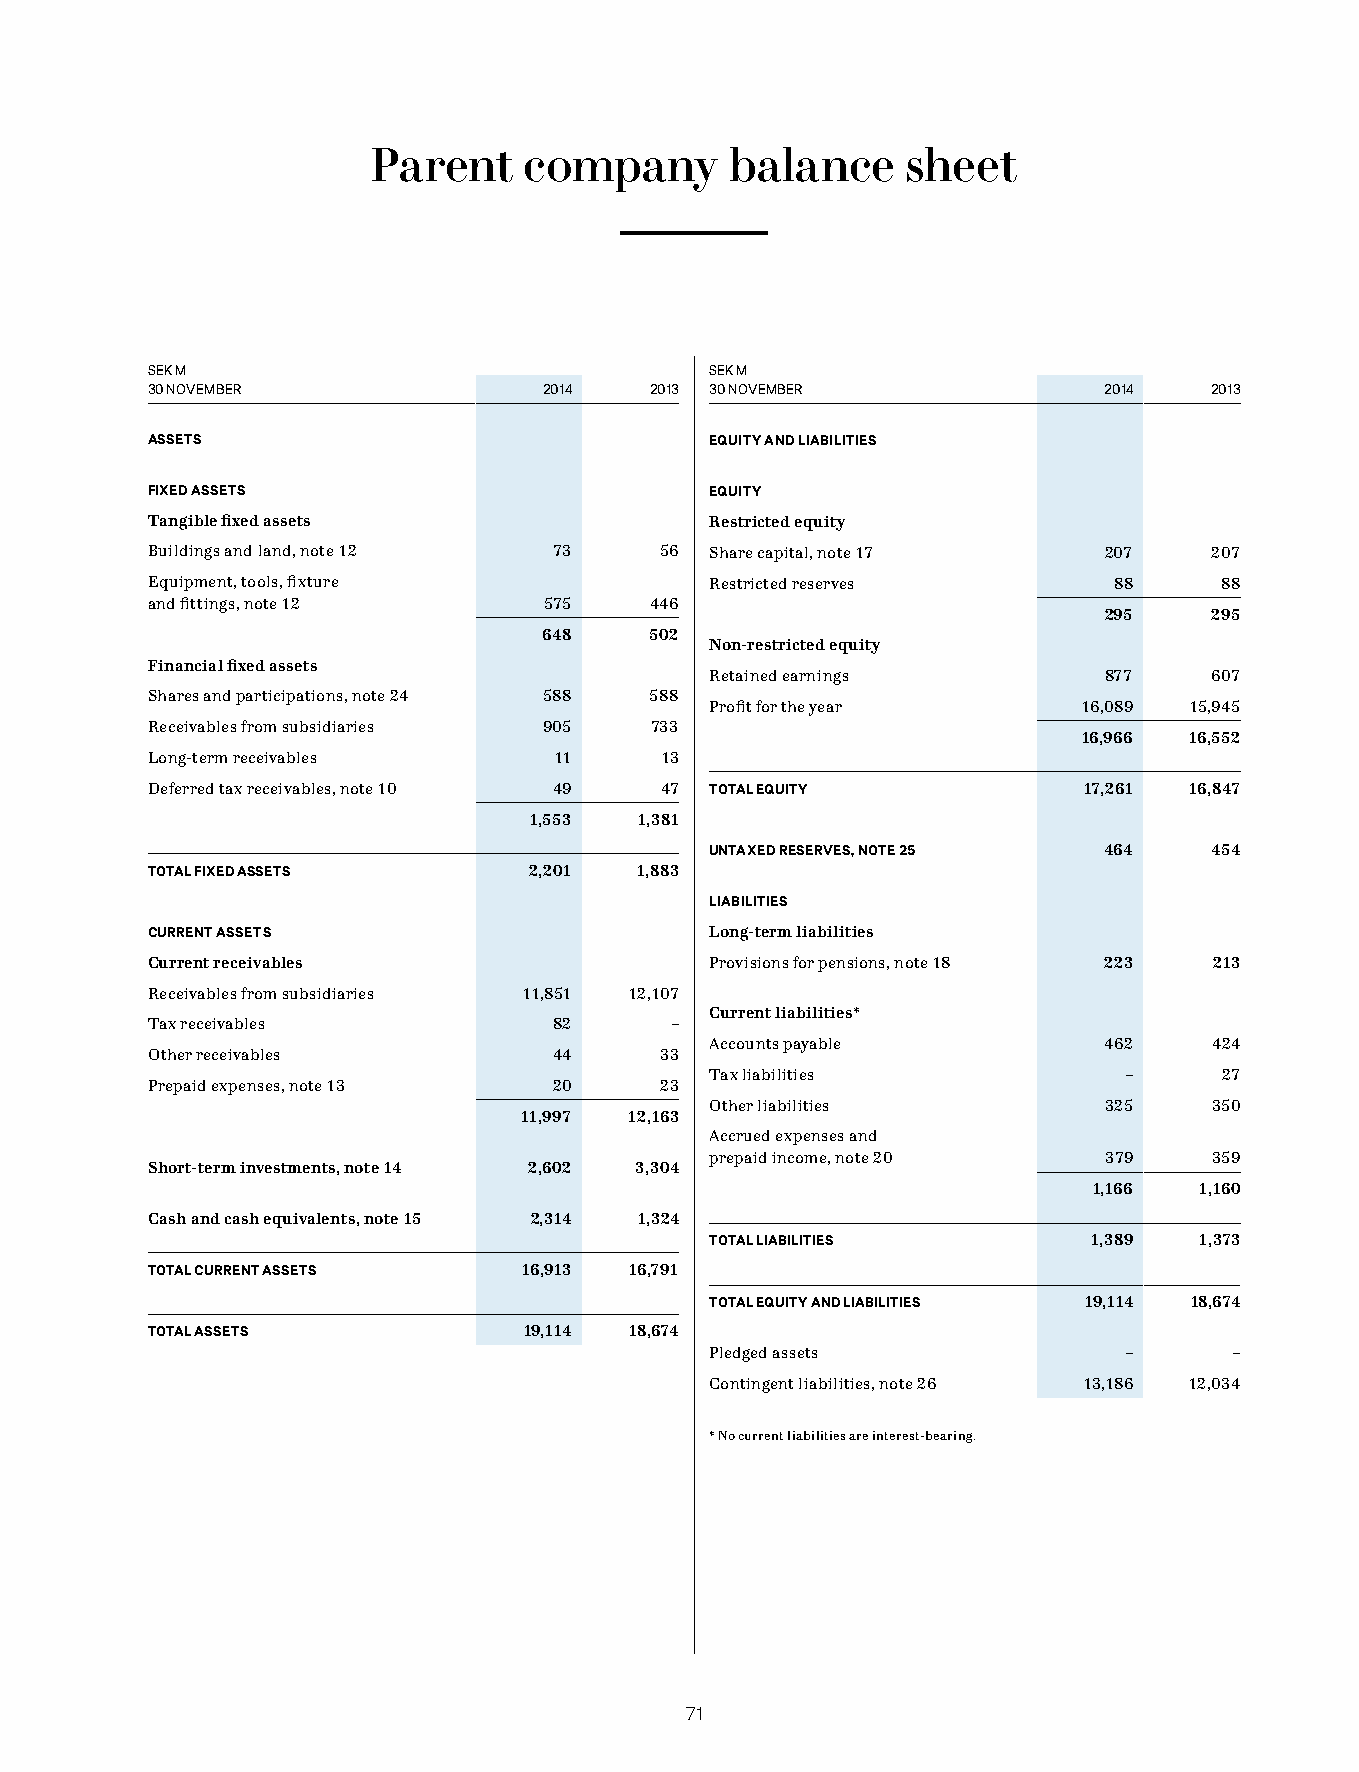
Parent    company      balance     sheet
 SEK M                                SEK M
 30 NOVEMBER               2014   2013 30 NOVEMBER              2014   2013
 ASSETS                               EQUITY AND LIABILITIES
 FIXED ASSETS                         EQUITY
 Tangible fixed assets                Restricted equity
 Buildings and land, note 12 73    56 Share capital, note 17    207    207
 Equipment, tools, fixture            Restricted reserves        88     88
 and fittings, note 12     575    446
 295    295
 648    502
 Non-restricted equity
 Financial fixed assets
 Retained earnings         877    607
 Shares and participations, note 24 588 588
 Profit for the year      16,089 15,945
 Receivables from subsidiaries 905 733
 16,966 16,552
 Long-term receivables      11     13
 Deferred tax receivables, note 10 49 47 TOTAL EQUITY          17,261 16,847
 1,553  1,381
 UNTAXED RESERVES, NOTE 25 464    454
 TOTAL FIXED ASSETS       2,201  1,883
 LIABILITIES
 CURRENT ASSETS                       Long-term liabilities
 Current receivables                  Provisions for pensions, note 18 223 213
 Receivables from subsidiaries 11,851 12,107
 Current liabilities*
 Tax receivables            82     –
 Accounts payable          462    424
 Other receivables          44     33
 Tax liabilities             –     27
 Prepaid expenses, note 13  20     23
 Other liabilities         325    350
 11,997  12,163
 Accrued expenses and
 prepaid income, note 20   379    359
 Short-term investments, note 14 2,602 3,304
 1,166  1,160
 Cash and cash equivalents, note 15 2,314 1,324
 TOTAL LIABILITIES        1,389  1,373
 TOTAL CURRENT ASSETS    16,913  16,791
 TOTAL EQUITY AND LIABILITIES 19,114 18,674
 TOTAL ASSETS             19,114 18,674
 Pledged assets              –      –
 Contingent liabilities, note 26 13,186 12,034
 * No current liabilities are interest-bearing.
 71